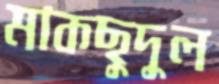
মাকছুদুল